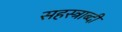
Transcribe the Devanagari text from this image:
सहस्‍त्राब्दी